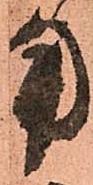
用